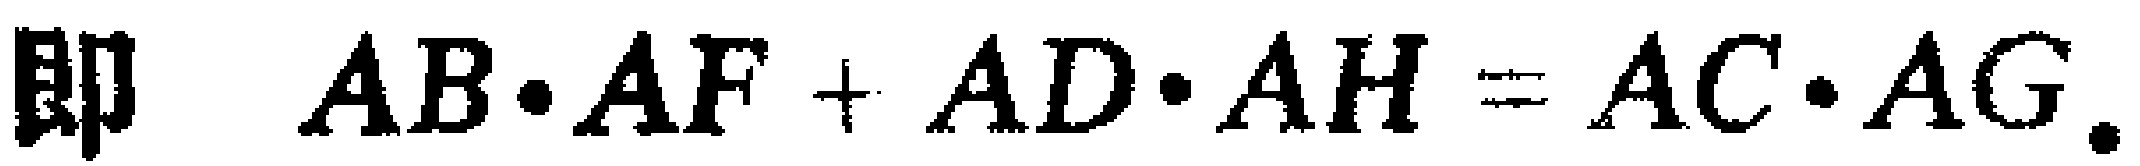
即 \(AB\cdot AF + AD\cdot AH = AC\cdot AG\).